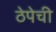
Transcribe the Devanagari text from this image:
ठेपेची